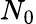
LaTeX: N_{0}